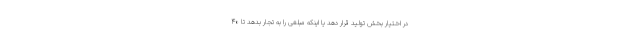
در اختیار بخش تولید قرار دهد یا اینکه مبلغی را به تجار بدهد تا ۴٠